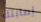
إصابتك